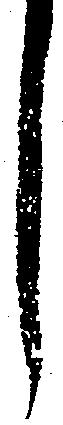
し